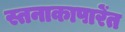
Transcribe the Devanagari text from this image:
स्तनाकापारेंत